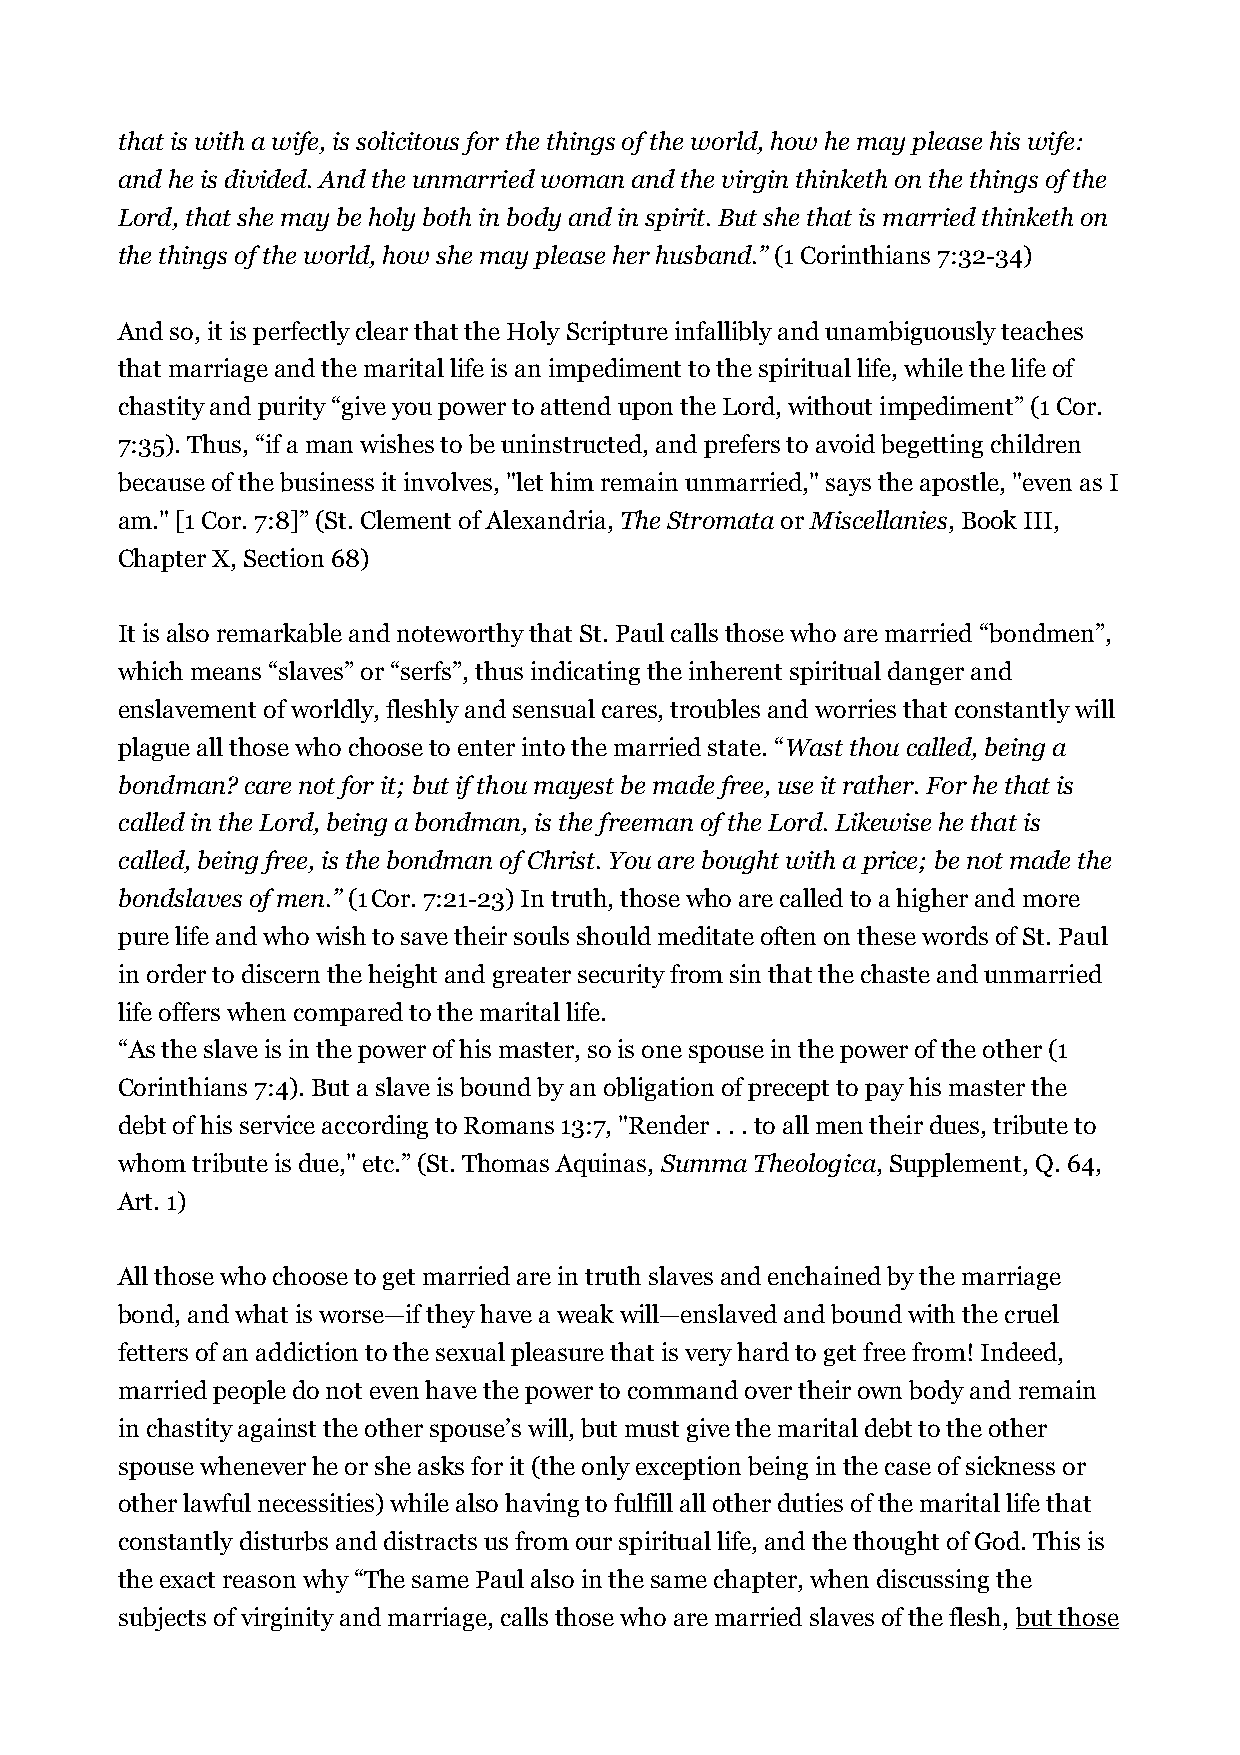
that is with a wife, is solicitous for the things of the world, how he may please his wife:
 and he is divided. And the unmarried woman and the virgin thinketh on the things of the
 Lord, that she may be holy both in body and in spirit. But she that is married thinketh on
 the things of the world, how she may please her husband.” (1 Corinthians 7:32-34)
 And so, it is perfectly clear that the Holy Scripture infallibly and unambiguously teaches
 that marriage and the marital life is an impediment to the spiritual life, while the life of
 chastity and purity “give you power to attend upon the Lord, without impediment” (1 Cor.
 7:35). Thus, “if a man wishes to be uninstructed, and prefers to avoid begetting children
 because of the business it involves, "let him remain unmarried," says the apostle, "even as I
 am." [1 Cor. 7:8]” (St. Clement of Alexandria, The Stromata or Miscellanies, Book III,
 Chapter X, Section 68)
 It is also remarkable and noteworthy that St. Paul calls those who are married “bondmen”,
 which means “slaves” or “serfs”, thus indicating the inherent spiritual danger and
 enslavement of worldly, fleshly and sensual cares, troubles and worries that constantly will
 plague all those who choose to enter into the married state. “Wast thou called, being a
 bondman? care not for it; but if thou mayest be made free, use it rather. For he that is
 called in the Lord, being a bondman, is the freeman of the Lord. Likewise he that is
 called, being free, is the bondman of Christ. You are bought with a price; be not made the
 bondslaves of men.” (1 Cor. 7:21-23) In truth, those who are called to a higher and more
 pure life and who wish to save their souls should meditate often on these words of St. Paul
 in order to discern the height and greater security from sin that the chaste and unmarried
 life offers when compared to the marital life.
 “As the slave is in the power of his master, so is one spouse in the power of the other (1
 Corinthians 7:4). But a slave is bound by an obligation of precept to pay his master the
 debt of his service according to Romans 13:7, "Render . . . to all men their dues, tribute to
 whom tribute is due," etc.” (St. Thomas Aquinas, Summa Theologica, Supplement, Q. 64,
 Art. 1)
 All those who choose to get married are in truth slaves and enchained by the marriage
 bond, and what is worse—if they have a weak will—enslaved and bound with the cruel
 fetters of an addiction to the sexual pleasure that is very hard to get free from! Indeed,
 married people do not even have the power to command over their own body and remain
 in chastity against the other spouse’s will, but must give the marital debt to the other
 spouse whenever he or she asks for it (the only exception being in the case of sickness or
 other lawful necessities) while also having to fulfill all other duties of the marital life that
 constantly disturbs and distracts us from our spiritual life, and the thought of God. This is
 the exact reason why “The same Paul also in the same chapter, when discussing the
 subjects of virginity and marriage, calls those who are married slaves of the flesh, but those